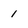
Character: 1